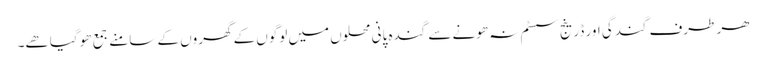
ھر طرف گندگی اور ڈرینج سسٹم نہ ھونے سے گندہ پانی محلوں میں لوگوں کے گھروں کے سامنے جمع ھو گیا ھے۔